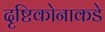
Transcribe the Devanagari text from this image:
दृष्टिकोनाकडे